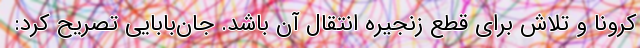
کرونا و تلاش برای قطع زنجیره انتقال آن باشد. جان‌بابایی تصریح کرد: